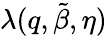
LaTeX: \lambda(q,\tilde{\beta},\eta)